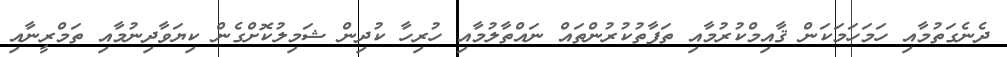
ދެނެގަތުމާއި ހަމަހަމަކަން ޤާއިމްކުރުމާއި ތަފާތުކުރުންތައް ނައްތާލުމާއި ހުރިހާ ކުދިން ޝަމިލުކޮށްގެން ކިޔަވާދިނުމާއި ތަމްރީނާއި